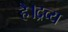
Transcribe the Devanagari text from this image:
है।द्रव्य